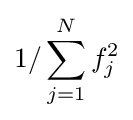
1/\sum _{j=1}^{N}f_{j}^{2}